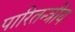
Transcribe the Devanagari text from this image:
पारितन्त्रीय